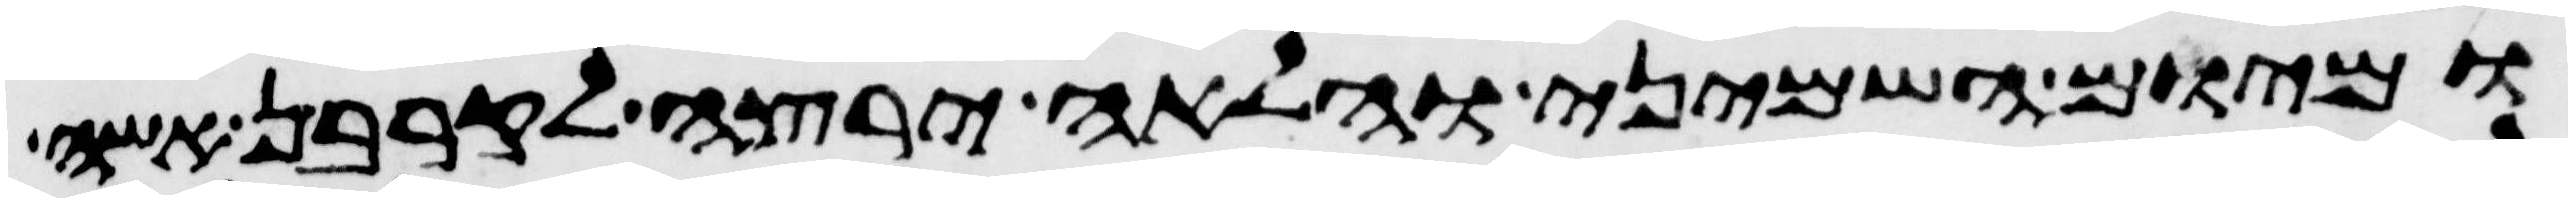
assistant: ומיום השמיני והלאה ירצה לקרבן אשה